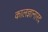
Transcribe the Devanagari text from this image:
कालज्ञानारद